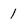
Character: 1